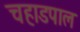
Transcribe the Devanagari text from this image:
चहाडपाल